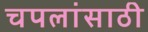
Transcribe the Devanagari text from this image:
चपलांसाठी